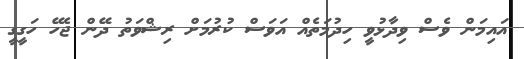
އައިމަން ވެސް ވިދާޅުވީ ހިދުމަތެއް އަވަސް ކުރުމަށް ރިޝްވަތު ދޭން ޖެހޭ ހަގީގީ